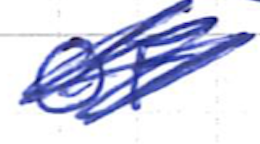
Text: OF
Cross-out: scratch
Writing tool: ballpoint